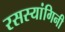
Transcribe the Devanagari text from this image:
रसस्यांगिनी